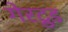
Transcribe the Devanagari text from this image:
गेरट्रुड